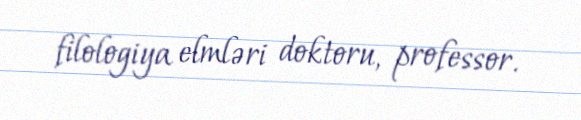
filologiya elmləri doktoru, professor.